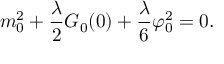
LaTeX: m _ { 0 } ^ { 2 } + \frac { \lambda } { 2 } G _ { 0 } ( 0 ) + \frac { \lambda } { 6 } \varphi _ { 0 } ^ { 2 } = 0 .